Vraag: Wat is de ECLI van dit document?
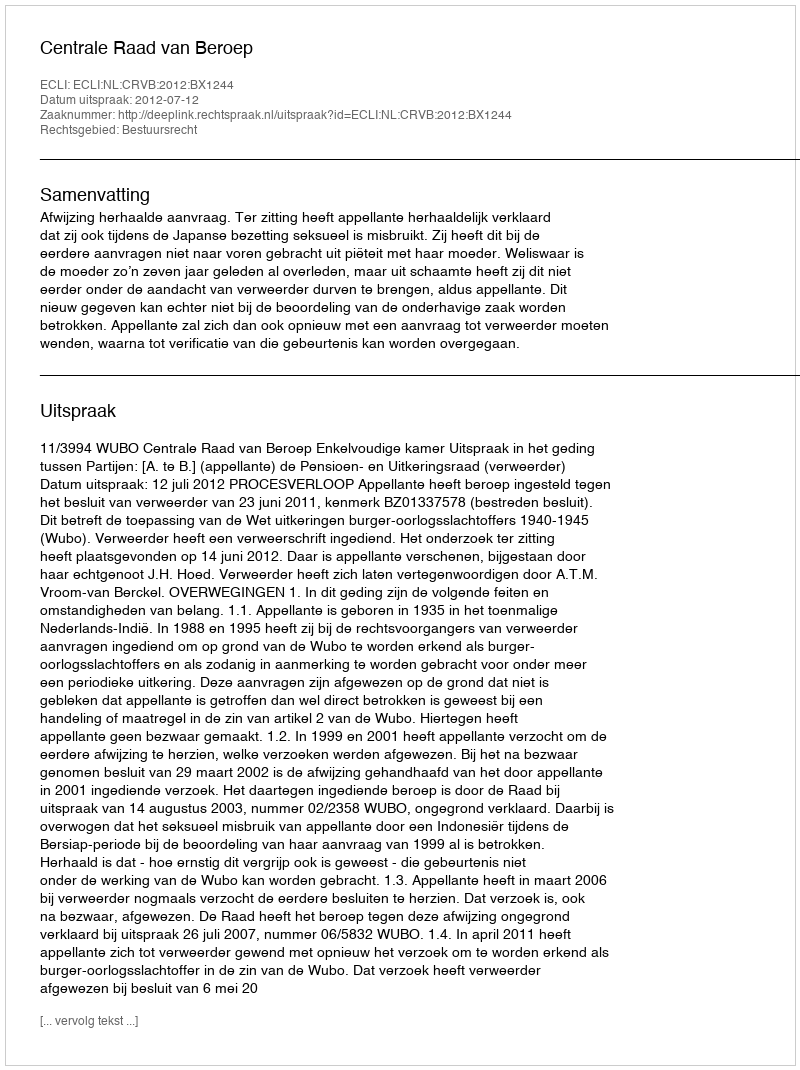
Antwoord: ECLI:NL:CRVB:2012:BX1244